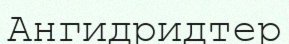
Ангидридтер